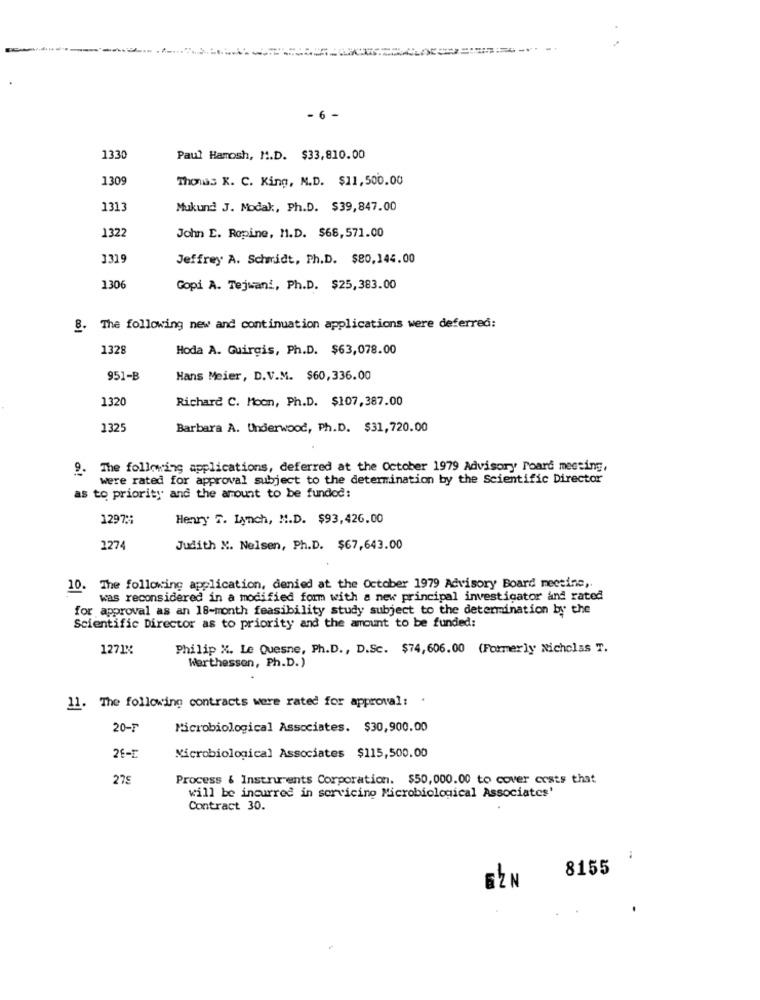
- 6 -
1330
Paul Hamosh, M.D. $33,810.00
1309
Thomas K. C. King, M.D. $11,500.00
1313
Mukund J. Modal :, Ph.D. $39,847.00
John E. Ropine, M.D. $68,571.00
1322
1319
Jeffrey A. Schmidt, Ph.D. $80,144.00
130
Gopi A. Tejwani, Ph.D. $25,383.00
8.
The following new and continuation applications were deferred:
1328
Hoda A. Guirgis, Ph.D. $63,078.00
951-B
Hans Meier, D.V.M. $60, 336.00
132
Richard C. Moon, Ph.D. $107, 387.00
1325
Barbara A. Underwood, Ph.D. $31,720.00
9. The following applications, deferred at the October 1979 Advisory Poard meeting,
were rated for approval subject to the determination by the Scientific Director
as to priority and the amount to be fundod:
1297 ::
Henry 7. Lynch, M.D. $93,426.00
2274
Judith X. Nelsen, Ph.D. $67,643.00
10. The following application, denied at the October 1979 Advisory Board meeting ,.
was reconsidered in a modified form with a new principal investigator and rated
for approval as an 18-month feasibility study subject to the determination by the
Scientific Director as to priority and the amount to be funded:
1271%
Philip X. Le Quesne, Ph.D ., D.Sc. $74,606.00 (Formerly Nicholas T.
Werthessen, Ph.D.)
11. The following contracts were rated for approval: .
20-7
Microbiological Associates. $30,900.00
26-E
Microbiological Associates $115,500.00
275
Process & Instruments Corporation. $50,000.00 to cover costs that
will be incurred in servicing Microbiological Associates'
Contract 30.
-
8155
EZN